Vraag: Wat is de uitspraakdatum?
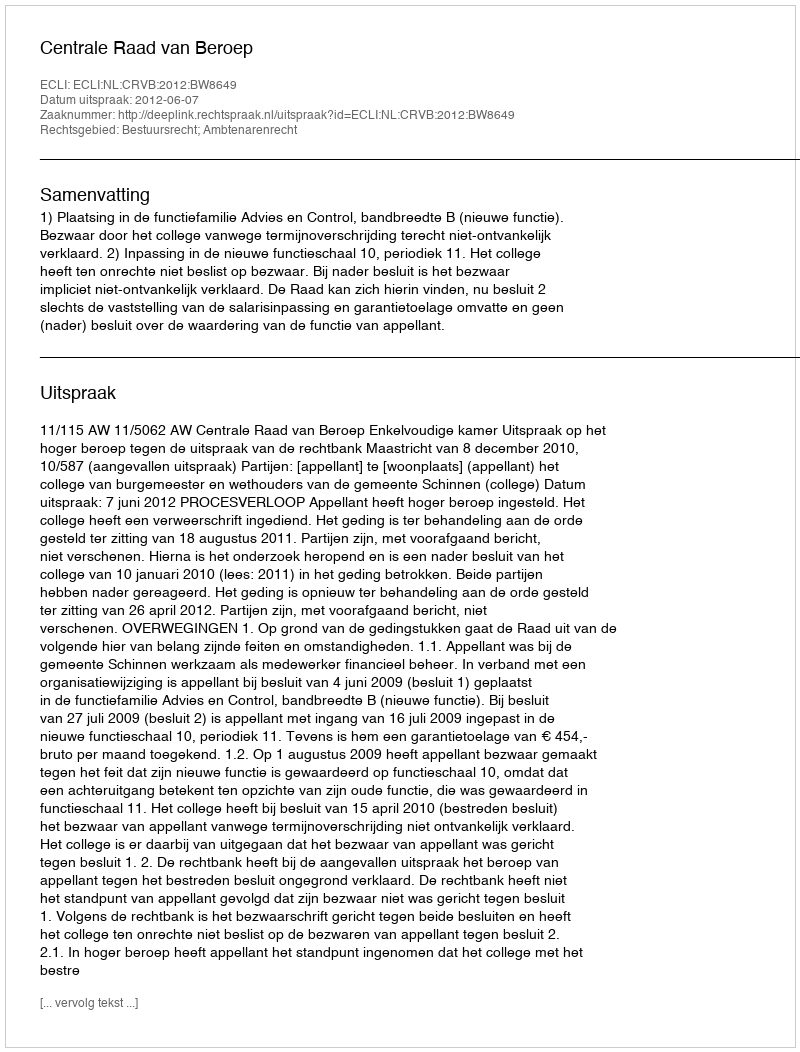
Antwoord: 2012-06-07